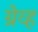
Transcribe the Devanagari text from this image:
ग्रेव्ह